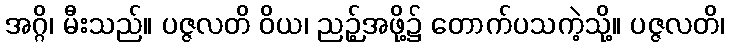
အဂ္ဂိ၊ မီးသည်။ ပဇ္ဇလတိ ဝိယ၊ ညဉ့်အဖို့၌ တောက်ပသကဲ့သို့။ ပဇ္ဇလတိ၊